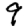
Digit: 9